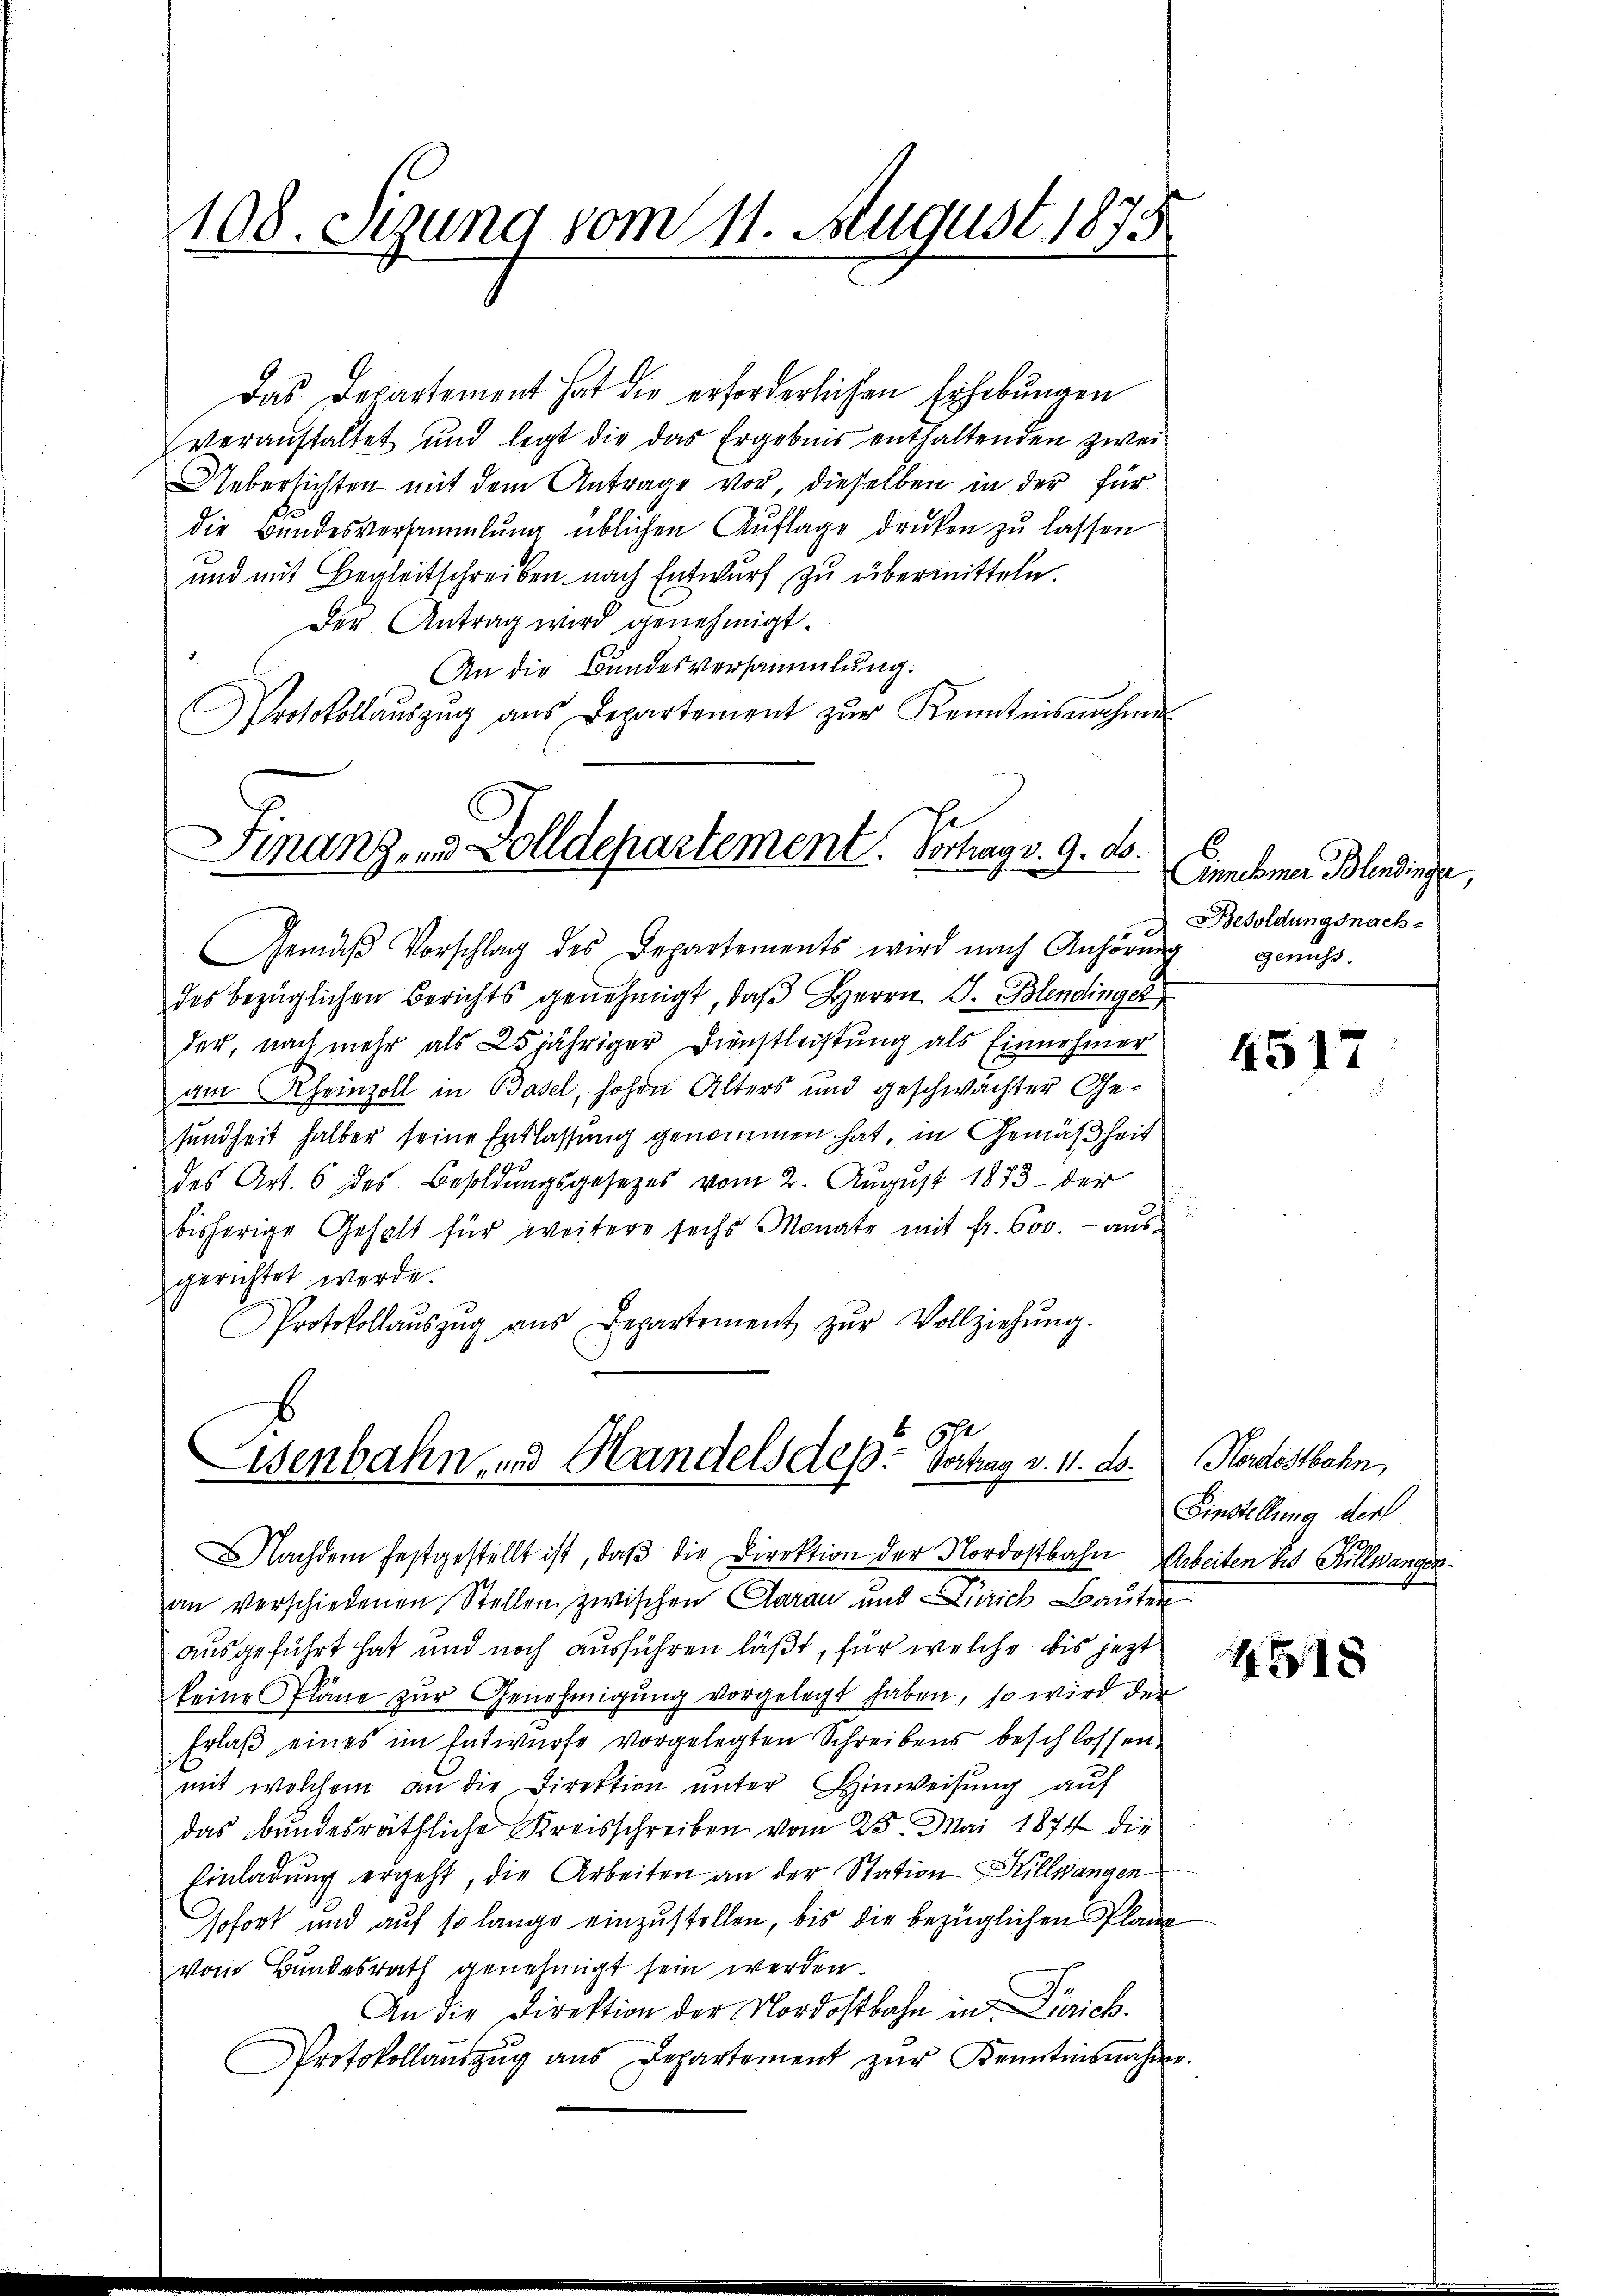
108. Sizung vom 11. August 1878

Das Departement hat die erforderlichen Erhebungen
veranstaltet und legt die das Ergebnis enthaltenden zwei
Uebersichten mit dem Antrage vor, dieselben in der für
die Bundesversammlung üblichen Auflage drucken zu lassen
und mit Begleitschreiben nach Entwurf zu übermitteln.
Der Antrag wird genehmigt.
An die Bundesversammlung.
Protokollaŭszŭg aŭs Departement zŭr Kenntnisnahme

Finanz- und Zolldepartement. Vortrag v. 9. ds.
emi

Gemäβ Vorschlag des Departements wird nach Anhörung
des bezüglichen Berichts genehmigt, daβ Herrn J. Blendinger
der, nach mehr als 25jähriger Dienstleistung als Einnehmer
am Rheinzoll in Basel, hohen Alters und geschwächter Gesundheit halber seine Entlassung genommen hat, in Gemäßheit
des Art. 6 des Besoldŭngsgesetzes vom 2. August 1873 der
bisherige Gehalt für weitere sechs Monate mit fr. 600.- aŭs-
gerichtet werde.
Protokollaŭszŭg aŭs Departement zŭr Vollziehŭng.

h
Eisenbahn, und Handels des Vortrag v. 11. ds.

Nachdem festgestellt ist, daβ die Direktion der Nordostbahn, Arbeiten bis Fillwangen.

Annehmer Blindinge,
Besoldungsnach
genuss.

an verschiedenen Stellen zwischen Aarau und Zürich Bauten
ausgeführt hat und noch ausführen läßt, für welche bis jezt
keine Pläne zŭr Genehmigŭng vorgelegt haben, so wird der
Erlaß eines im Entwurfe vorgelegten Schreibens beschlossen,
mit welchem an die Direktion ŭnter Hinweisŭng auf
das bundesräthliche Kreisschreiben vom 25. Mai 1874 die
Einladung ergeht, die Arbeiten an der Station Hillsangen
sofort und auf so lange einzustellen, bis die bezüglichen Planz
vom Bundesrath genehmigt sein werden.
An die Direktion der Nordostbahn in Zürich.
Protokollaŭszŭg ans Departement zŭr Kenntnisnahme.

4517

Nordostbahn,
Einstellung der

4518